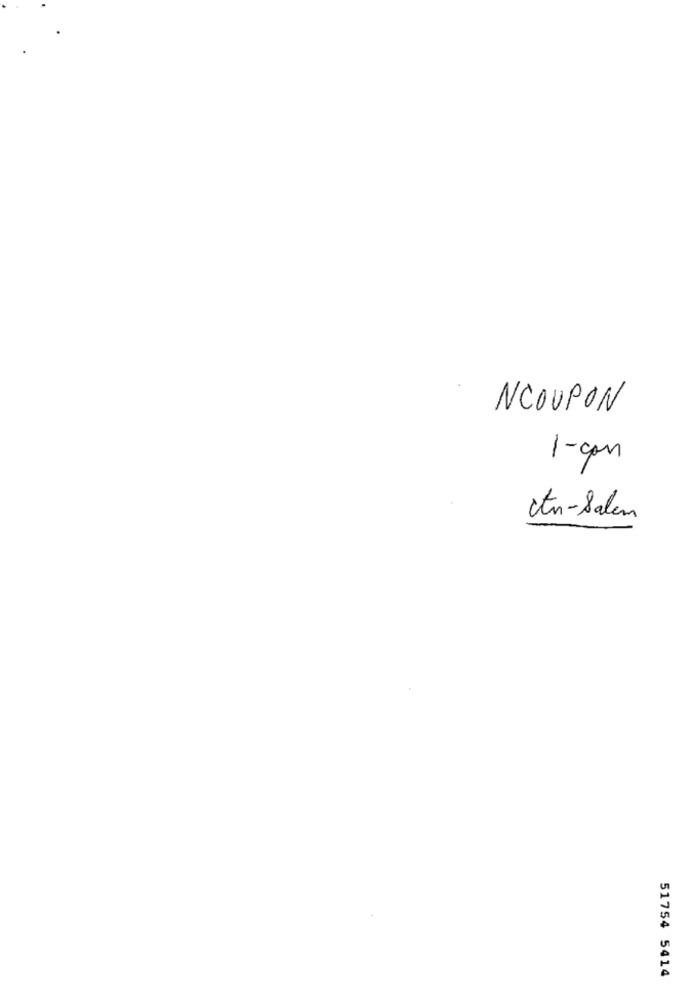
NCOUPON
1- con
tn-Salem
51754 5414